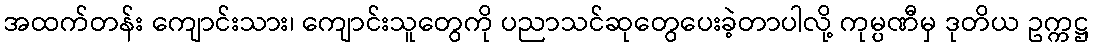
အထက်တန်း ကျောင်းသား၊ ကျောင်းသူတွေကို ပညာသင်ဆုတွေပေးခဲ့တာပါလို့ ကုမ္ပဏီမှ ဒုတိယ ဥက္ကဋ္ဌ